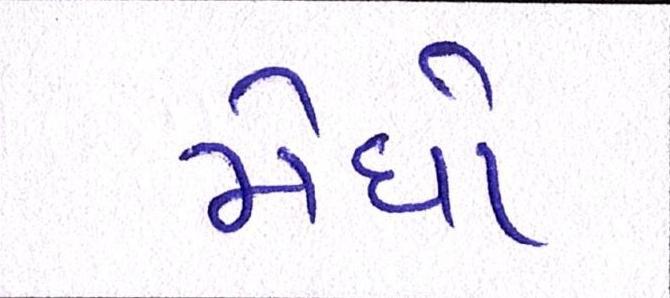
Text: મેઘો